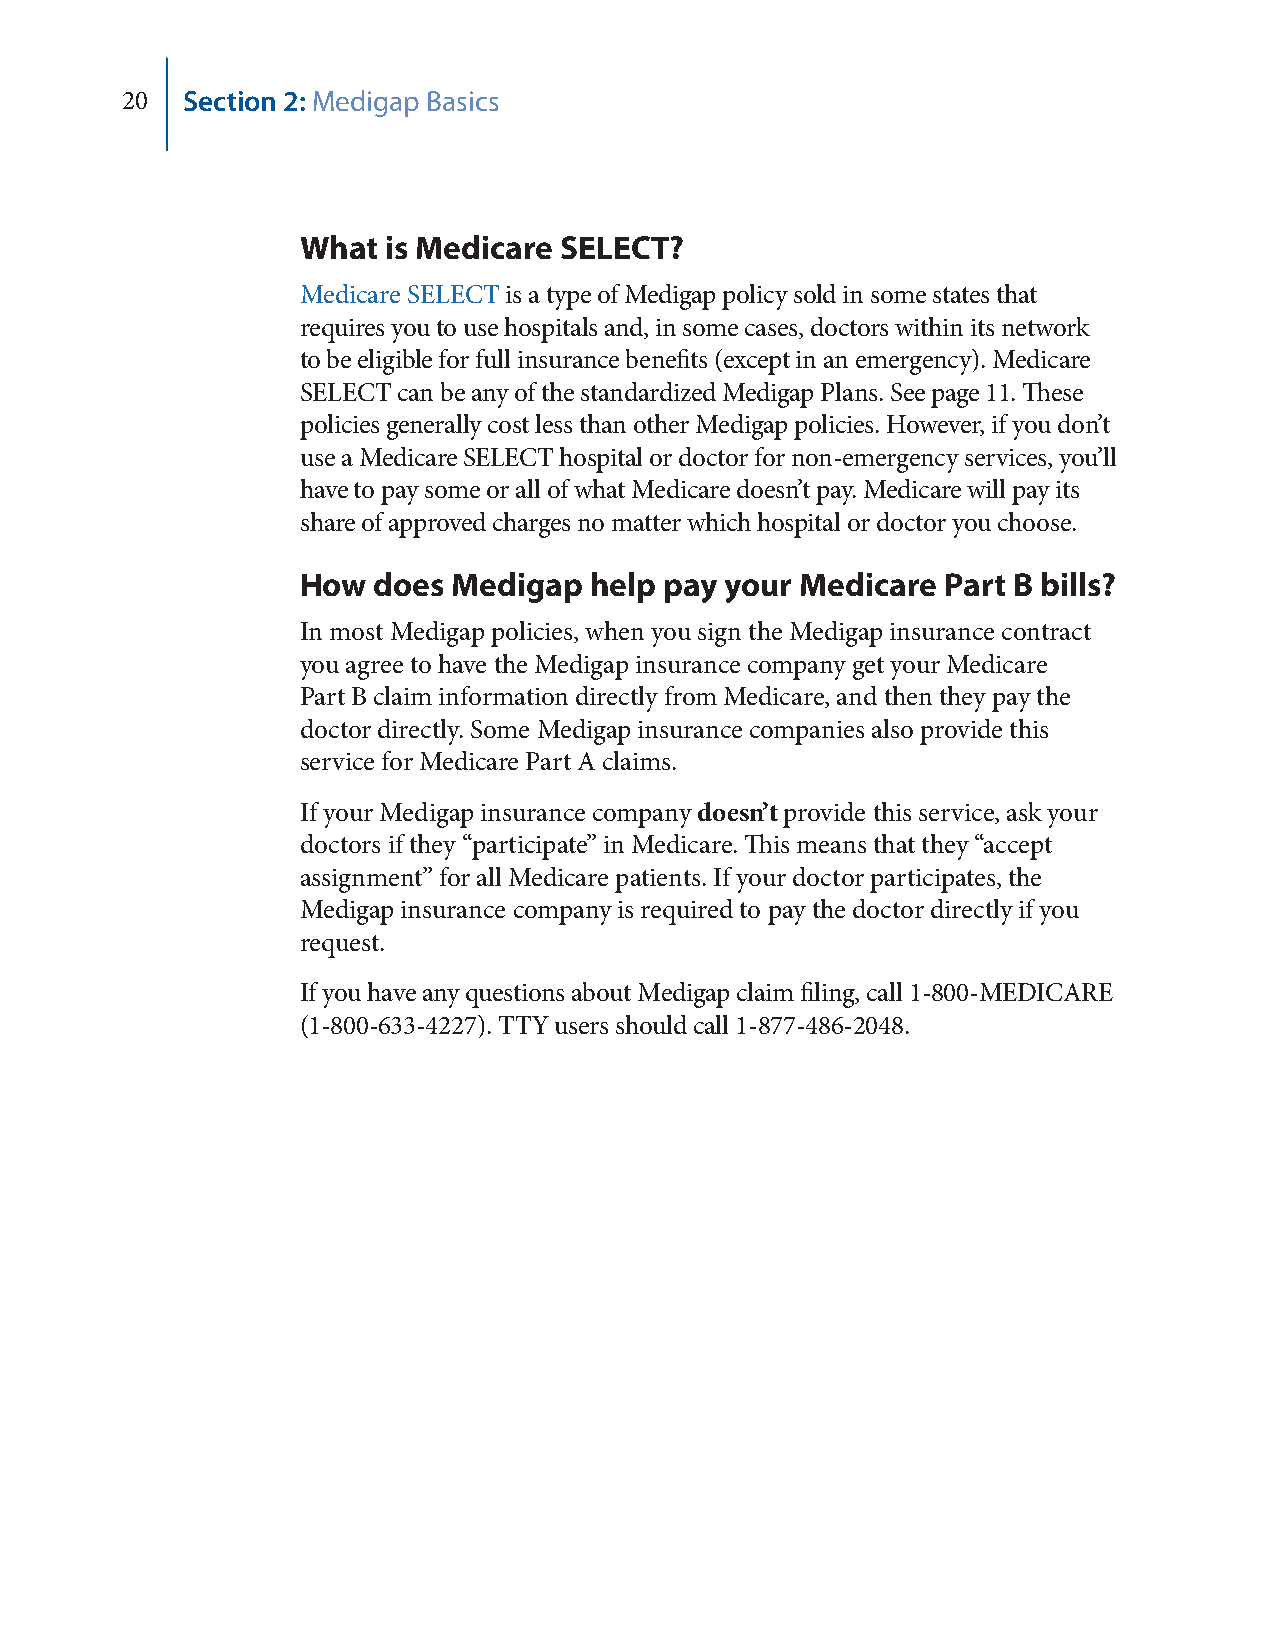
20  Section 2: Medigap Basics
 What  is Medicare SELECT?
 Medicare SELECT is a type of Medigap policy sold in some states that
 requires you to use hospitals and, in some cases, doctors within its network
 to be eligible for full insurance benefits (except in an emergency). Medicare
 SELECT can be any of the standardized Medigap Plans. See page 11. These
 policies generally cost less than other Medigap policies. However, if you don’t
 use a Medicare SELECT hospital or doctor for non-emergency services, you’ll
 have to pay some or all of what Medicare doesn’t pay. Medicare will pay its
 share of approved charges no matter which hospital or doctor you choose.
 How  does Medigap  help pay your Medicare  Part B bills?
 In most Medigap policies, when you sign the Medigap insurance contract
 you agree to have the Medigap insurance company get your Medicare
 Part B claim information directly from Medicare, and then they pay the
 doctor directly. Some Medigap insurance companies also provide this
 service for Medicare Part A claims.
 If your Medigap insurance company doesn’t provide this service, ask your
 doctors if they “participate” in Medicare. This means that they “accept
 assignment” for all Medicare patients. If your doctor participates, the
 Medigap insurance company is required to pay the doctor directly if you
 request.
 If you have any questions about Medigap claim filing, call 1-800-MEDICARE
 (1-800-633-4227). TTY users should call 1-877-486-2048.